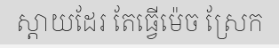
ស្តាយដែរ តែធ្វើម៉េច ស្រែក